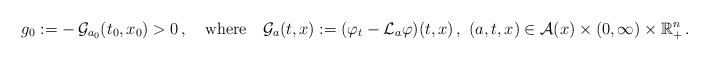
\begin{align*}\ g_0:=-\,\mathcal{G}_{a_0}(t_0,x_0)>0\,,\ \ \ \mathrm{where}\ \ \ \mathcal{G}_{a}(t,x):=( \varphi_t-{\mathcal{L}}_{a}\varphi) (t,x)\,, \ (a,t,x)\in \mathcal{A}(x) \times (0,\infty)\times \mathbb{R}_+^n\,.\end{align*}